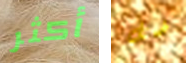
أكثر ضل